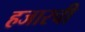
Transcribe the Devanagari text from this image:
हजारची